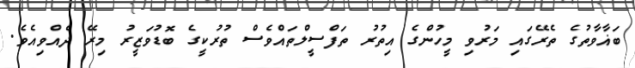
ބަޣާވާތުގެ ތެރޭގައި މަރުވި މީހުންގެ އިތުރު ތަފްސީލްތައްވެސް ތުރުކީގެ ބޮޑުވަޒީރު މިރޭ ދެއްވިއެވެ.